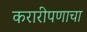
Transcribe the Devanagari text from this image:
करारीपणाचा